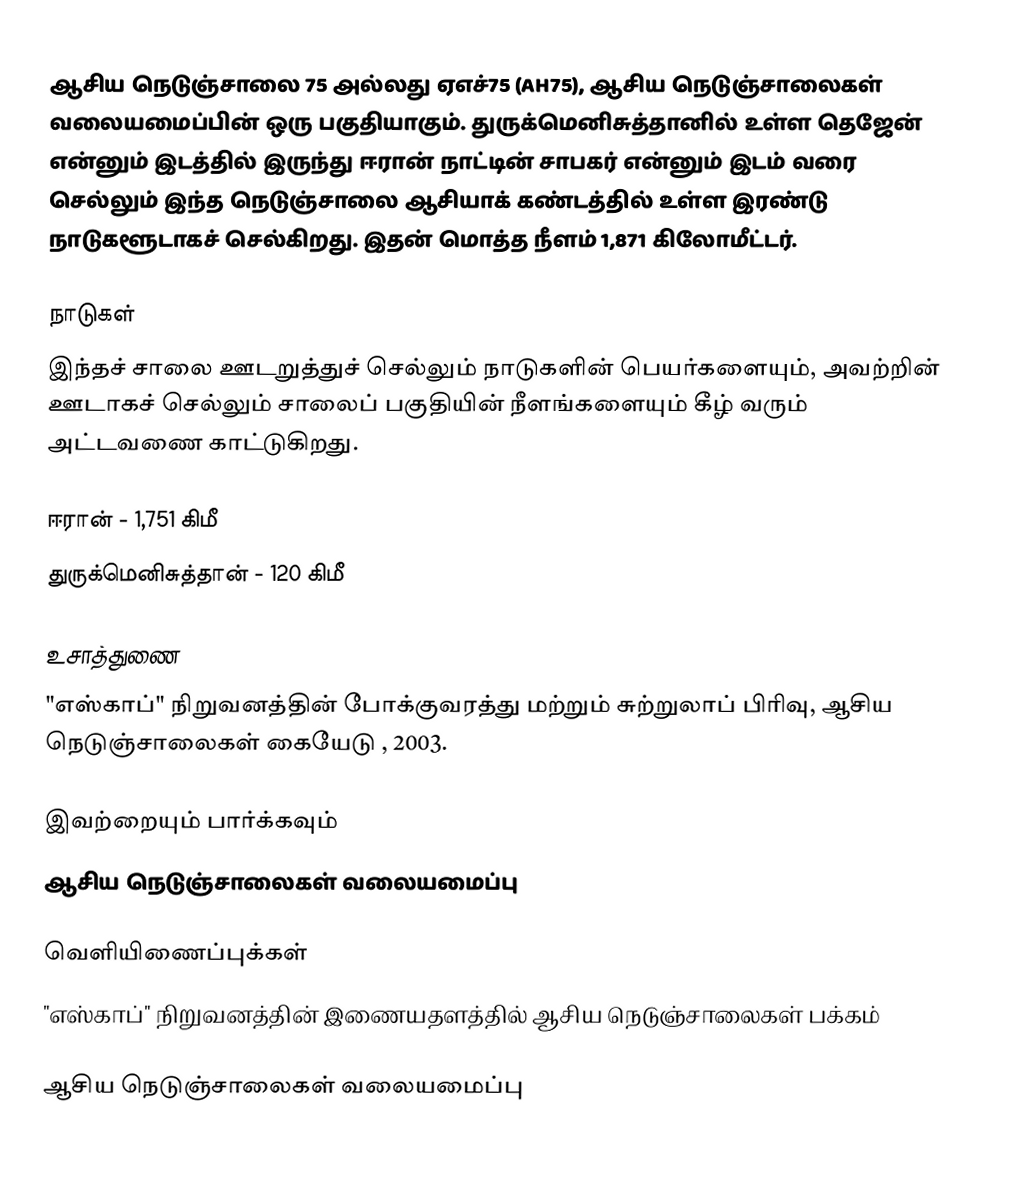
ஆசிய நெடுஞ்சாலை 75 அல்லது ஏஎச்75 (AH75), ஆசிய நெடுஞ்சாலைகள் வலையமைப்பின் ஒரு பகுதியாகும். துருக்மெனிசுத்தானில் உள்ள தெஜேன் என்னும் இடத்தில் இருந்து ஈரான் நாட்டின் சாபகர் என்னும் இடம் வரை செல்லும் இந்த நெடுஞ்சாலை ஆசியாக் கண்டத்தில் உள்ள இரண்டு நாடுகளூடாகச் செல்கிறது. இதன் மொத்த நீளம் 1,871 கிலோமீட்டர்.

நாடுகள்
இந்தச் சாலை ஊடறுத்துச் செல்லும் நாடுகளின் பெயர்களையும், அவற்றின் ஊடாகச் செல்லும் சாலைப் பகுதியின் நீளங்களையும் கீழ் வரும் அட்டவணை காட்டுகிறது.

 ஈரான் - 1,751 கிமீ
 துருக்மெனிசுத்தான் - 120 கிமீ

உசாத்துணை
 "எஸ்காப்" நிறுவனத்தின் போக்குவரத்து மற்றும் சுற்றுலாப் பிரிவு, ஆசிய நெடுஞ்சாலைகள் கையேடு , 2003.

இவற்றையும் பார்க்கவும்
 ஆசிய நெடுஞ்சாலைகள் வலையமைப்பு

வெளியிணைப்புக்கள்
 "எஸ்காப்" நிறுவனத்தின் இணையதளத்தில் ஆசிய நெடுஞ்சாலைகள் பக்கம்

 ஆசிய நெடுஞ்சாலைகள் வலையமைப்பு